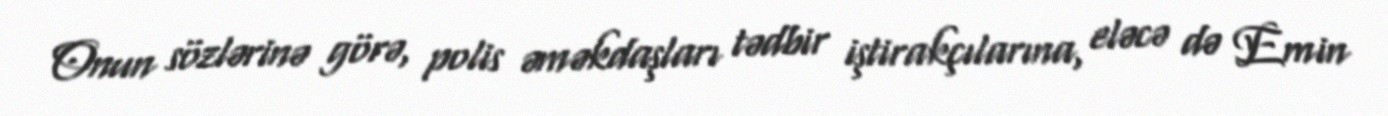
Onun sözlərinə görə, polis əməkdaşları tədbir iştirakçılarına, eləcə də Emin